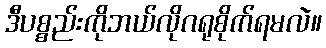
ဒီပစ္စည်းကိုဘယ်လိုဂရုစိုက်ရမလဲ။